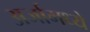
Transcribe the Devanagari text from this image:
अर्जामध्ये